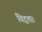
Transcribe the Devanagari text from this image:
विद्वता।